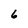
Character: 6